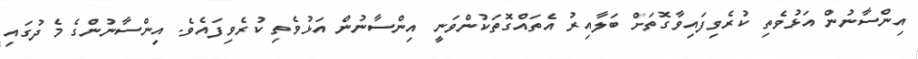
އިންސާނުން އަޅުވެތި ކުރެވިފައިވާގޮތަށް ބަލާއިރު އެތައްގޮތަކުންވަނީ އިންސާނުން އަޅުވެތި ކުރެވިފައެވެ. އިންސާނުންގެ މެދުގައި